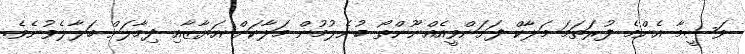
ވަސީމާ އެންމެ ފުރަތަމަ މަލާކް ފަށަންވީއެއްނޫންތޯ ބުނެލުމުން މަލާކަށް އަޔާޒާއި ދިމާލަށް ބަލާލެވުނެވެ.